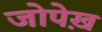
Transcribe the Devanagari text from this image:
जोपेख़